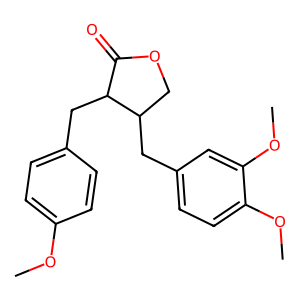
SMILES: COc1ccc(CC2C(=O)OCC2Cc2ccc(OC)c(OC)c2)cc1
Inhibits HIV replication: No